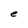
Character: e